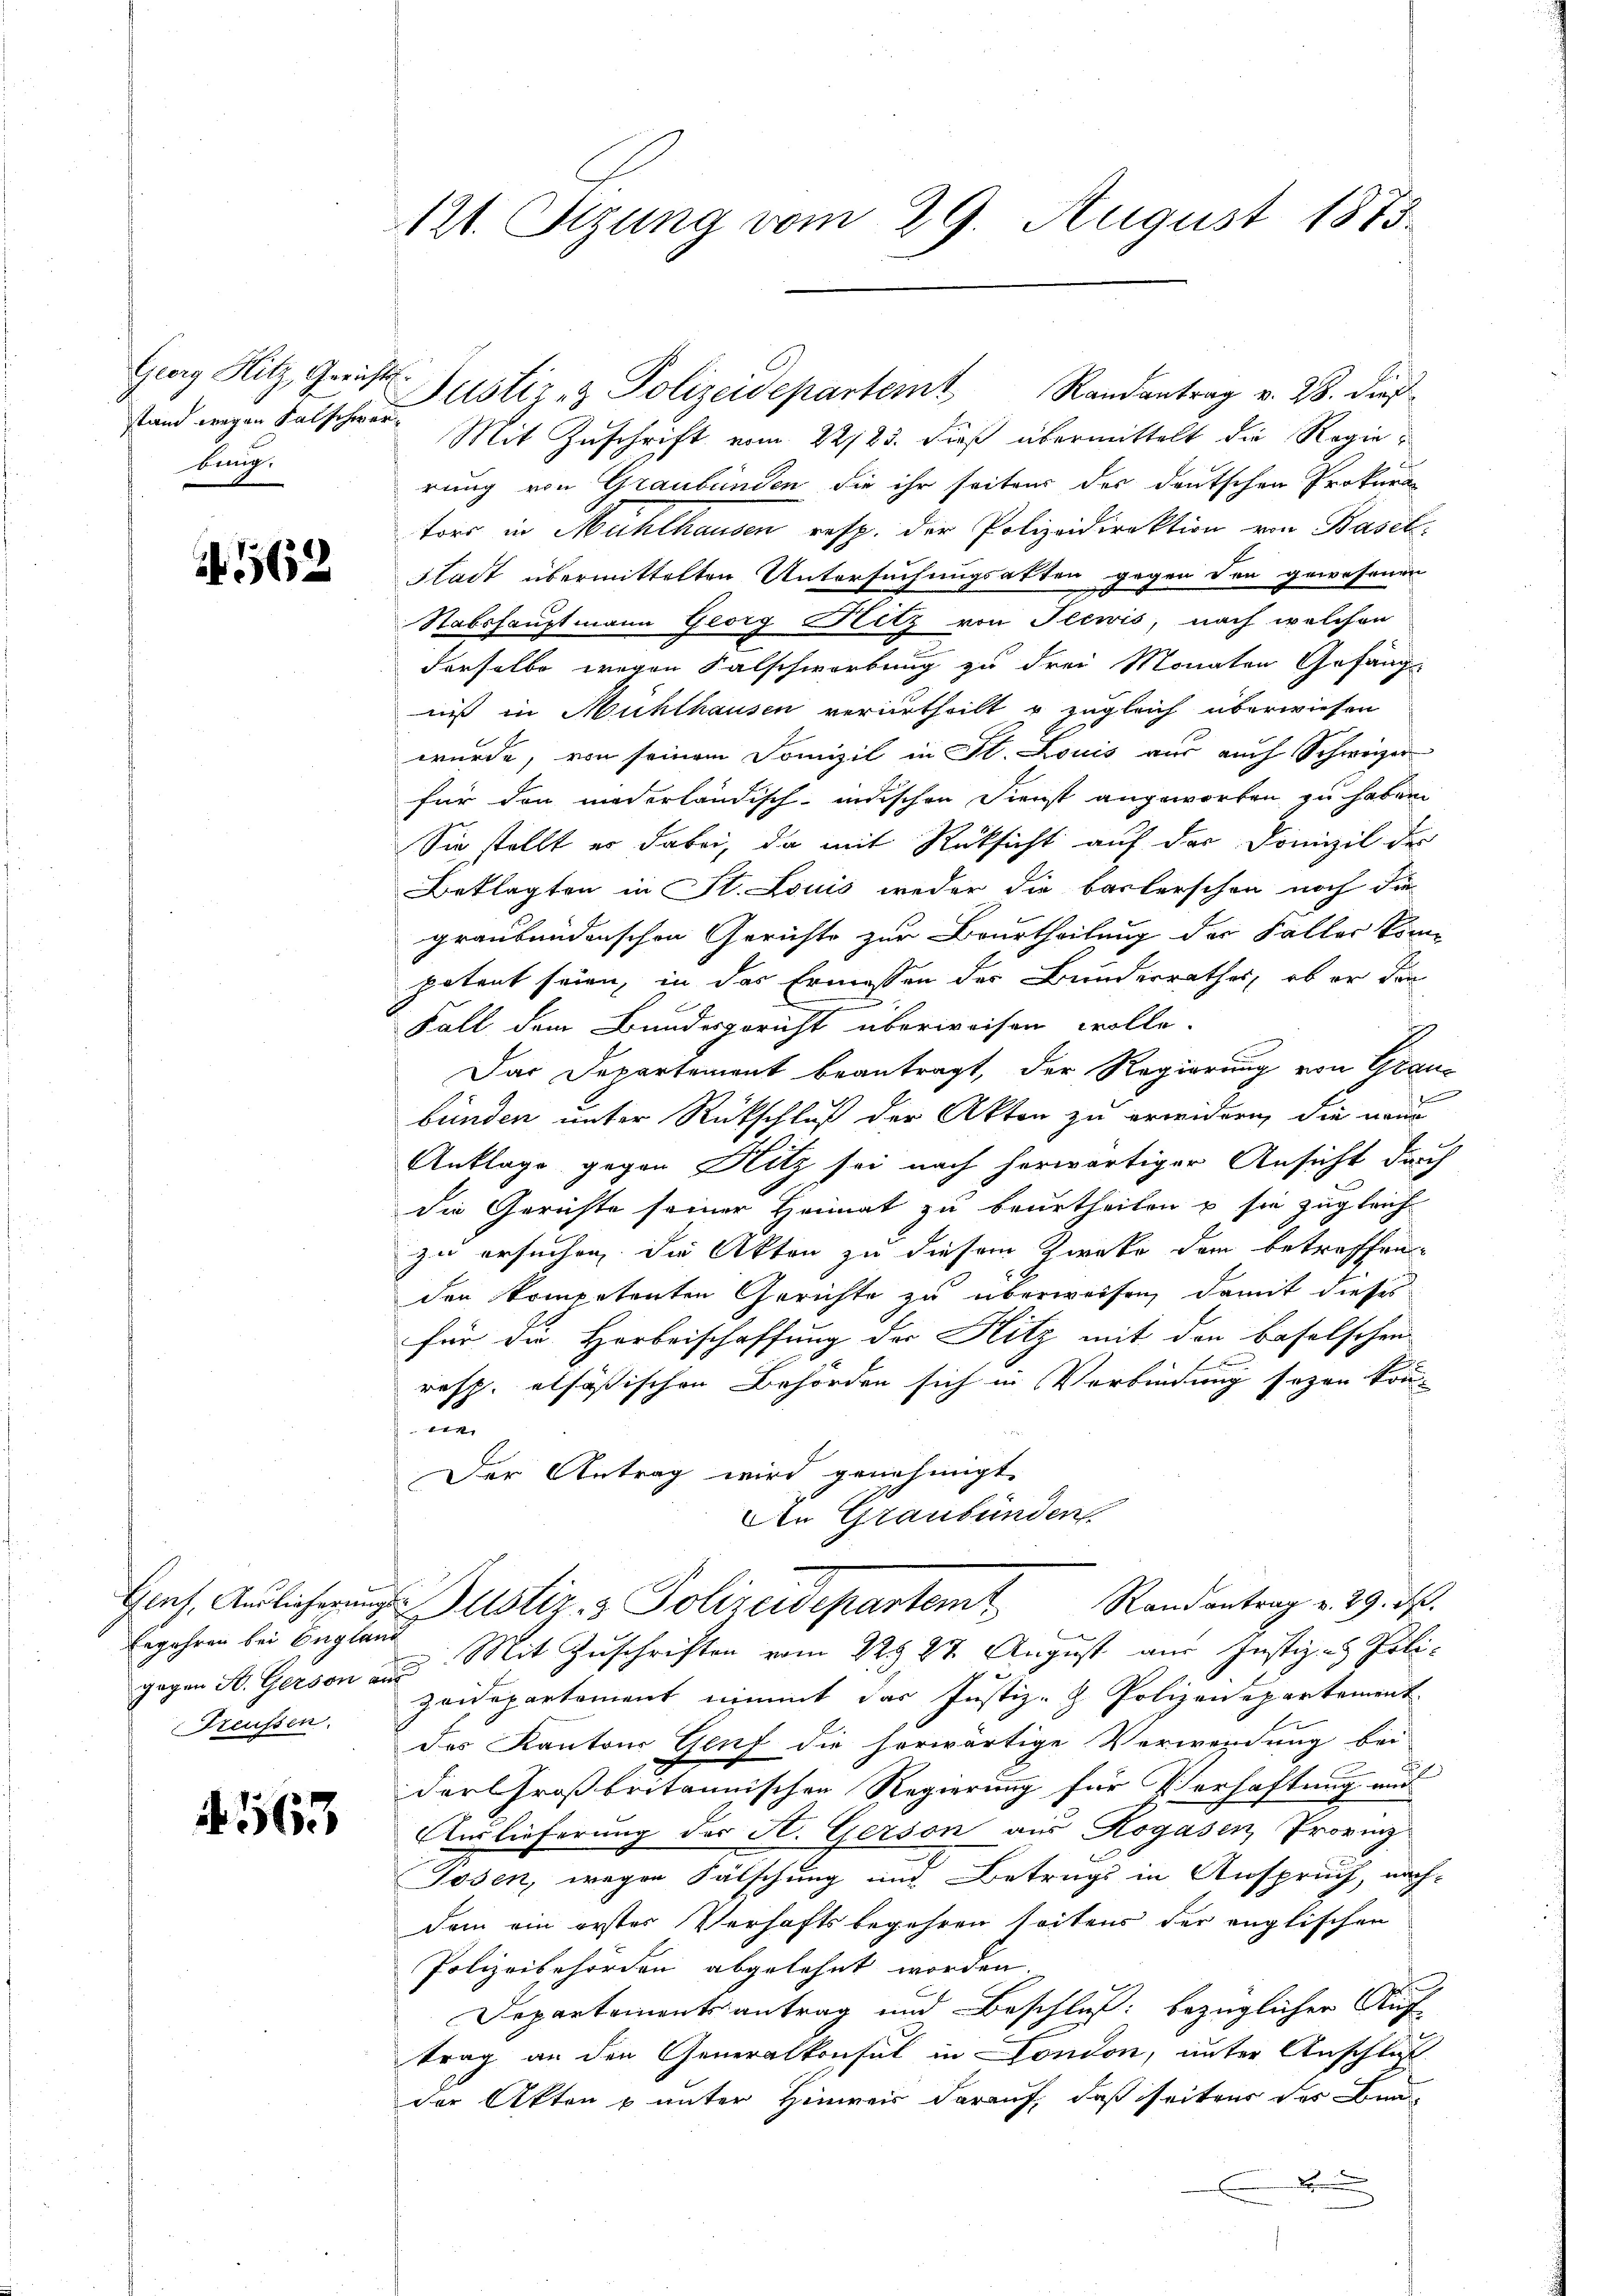
stand wegen Falschwerbung.

562

Erfahren bei England
gegen St. Gerson aus

563

121. Setzung vom 29. August 1875

Mit Zuschrift vom 22/25. dieß übermittelt die Regierung von Graubünden die ihr seitens des deutschen Prokura
tors in Mühlhausen resp. der Polizeidirektion von Basel-
Stadt übermittelten Untersuchungsakten gegen den gewesenen
Stabshauptmann Georg Hitz von Seewis, nach welchen
derselbe wegen Salschwerbung zu drei Monaten Gefäng-
niß in Mühlhausen verurtheilt u zugleich überwiesen
wurde, von seinem Somizil in St. Louis aus auch Schweizer
für den niderländisch-indischen Dienst angeworben zu haben
Sie stellt er dabei, da mit Rücksicht auf der Domizil der
Beklagten in St. Louis weder die Baslerschen noch die
graubündenschen Gerichts zur Beurtheilung der Faller könn
potent seien, in das Ermessen der Bundesrathes, ob er den
Fall dem Bundesgericht überweisen wolle.
Das Departement beantragt, der Regierung von Graubünden unter Rückschluß der Akten zu erwidern, die neue
Anklage gegen Hitz sei nach herwärtiger Ansicht durch
die Gerichte seiner Heimat zu beurtheilen u sie zugleich
zu ersuchen. Die Akten zu diesem Zweke dem betreffen
den kompetenten Gerichte zu überweisen, damit dieses
für die Horbeischaffung der Hitz mit den Baselschen
E
resp. etfäsischen Behörden sich in Verbindung sezen kon-
t
Der Antrag wird genehmigt.
An Graubünden
Hies. Auslicherung Justiz- & Polizeidepartemt. Randantrag v. 29. d.
Mit Zuschriften vom 22. 27. August aus Justiz- & Poli-
Freussen. Zeidepartement nimmt das Justiz- & Polizeidepartement
des Kantons Genf die herwärtige Verwendung bei
dor Großbritannischen Regierung für Verhaftung und
Auslieferung der A. Gerson aus Rogasen, Provinz
Tosen, wegen Fälschung und Betrugs in Anspruch, nach-
Dem ein erster Verhaftsbegehren seitens der englischen
Polizeibehörden abgelehnt worden.
Departementsantrag und Beschluß: bezüglicher Auf-
trag an den Generalkonsul in London, unter Anschluß
der Akten & unter Hinweis darauf, daß seitens des Bra

Georg Hitz Gericht Justiz- & Polizeidepartemt Randantrag v. 28. dieß